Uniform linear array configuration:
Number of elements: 32
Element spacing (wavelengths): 0.75
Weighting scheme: hamming
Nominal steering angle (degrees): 45
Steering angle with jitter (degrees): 45.387
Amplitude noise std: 0.05
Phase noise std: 0.05

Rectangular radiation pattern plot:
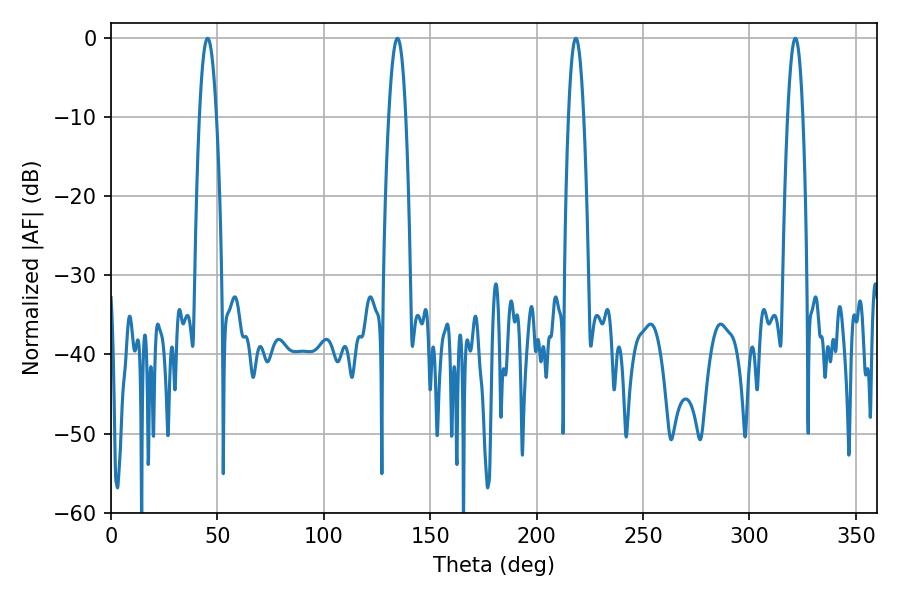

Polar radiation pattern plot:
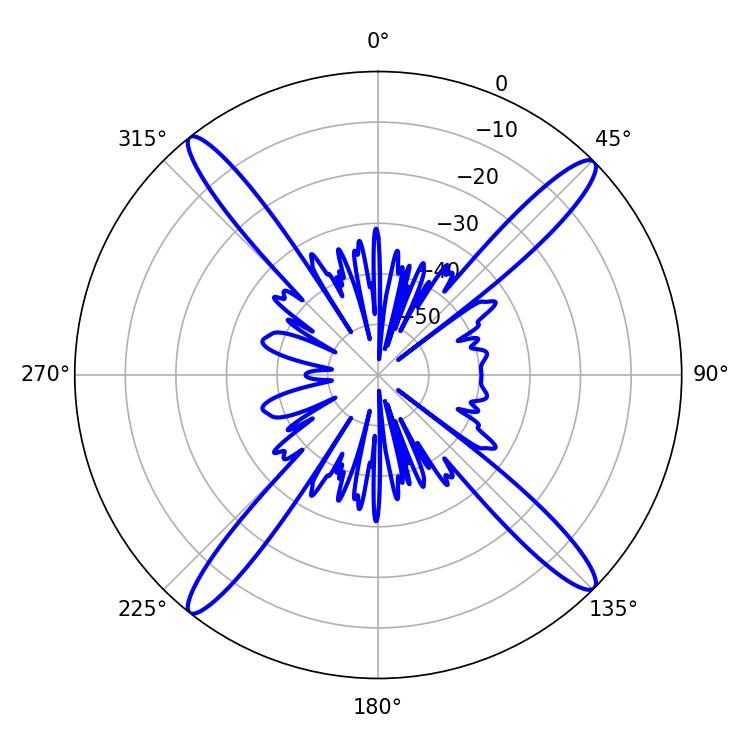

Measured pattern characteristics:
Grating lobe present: TRUE
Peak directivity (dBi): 18.868
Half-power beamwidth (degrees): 4.5
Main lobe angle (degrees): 45.36